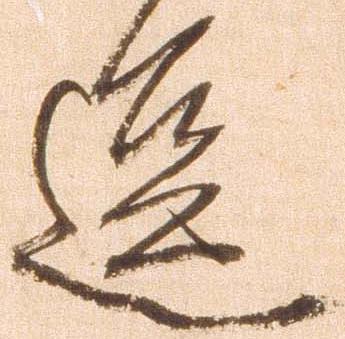
逗